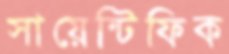
সায়েন্টিফিক